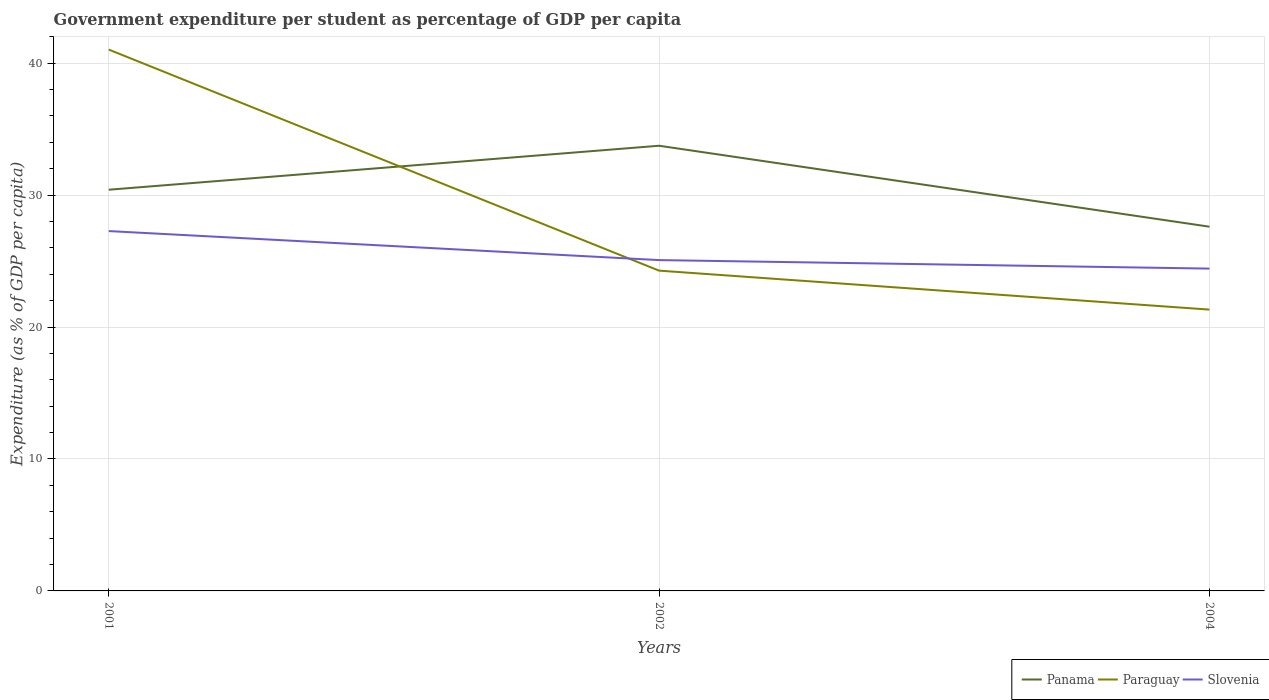
| Years | Panama | Paraguay | Slovenia |
 | --- | --- | --- | --- |
 | 2001 | 30.4 | 41 | 27.3 |
 | 2002 | 33.7 | 24.3 | 25.1 |
 | 2004 | 27.6 | 21.3 | 24.4 |